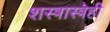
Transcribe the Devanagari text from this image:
शस्त्रास्त्रेही